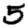
Digit: 5